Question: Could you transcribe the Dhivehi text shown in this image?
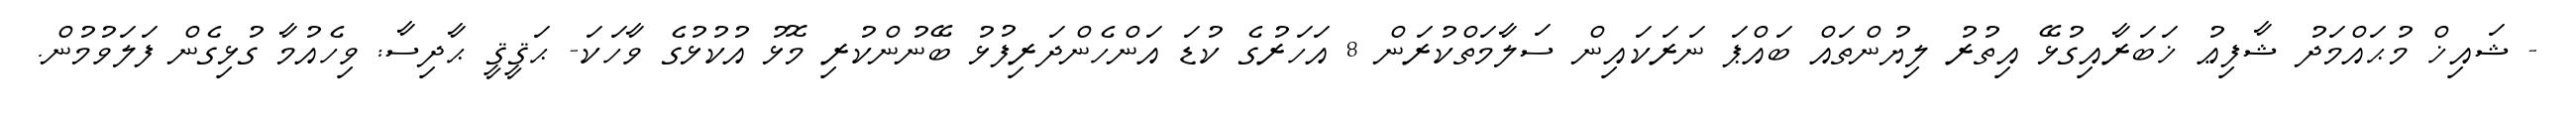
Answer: - ޝައިޚް މުޙައްމަދު ޝާފިޢު ޚަބަރާއިގުޅޭ އިތުރު ލިޔުންތައް ބައްޕަ ނަރަކައިން ސަލާމަތްކުރަން 8 އަހަރުގެ ކުޑަ އަންހެންދަރިފުޅު ބޭނުންކުރި މޮޅު އުކުޅުގެ ވާހަކަ- ޙަޤީޤީ ޙާދިސާ: ވިހެއުމާ ގުޅިގެން ފަލަވުމުން.